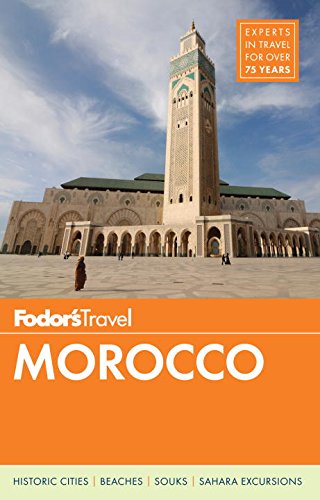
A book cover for Fodor's Morocco (Full-color Travel Guide); Fodor's; Travel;